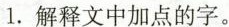
1.解释文中加点的字。